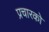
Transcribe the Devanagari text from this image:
प्रचारको